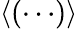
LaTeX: \left\langle(\cdots)\right\rangle